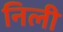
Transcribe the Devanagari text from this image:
निली